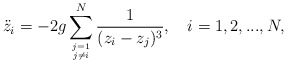
\begin{align*} {\ddot z_{i}} =-2g \sum_{j=1 \atop j \ne i}^{N} \frac{1}{(z_{i}-z_{j})^{3}}, \hspace{0.4cm} i=1,2,..., N,\end{align*}